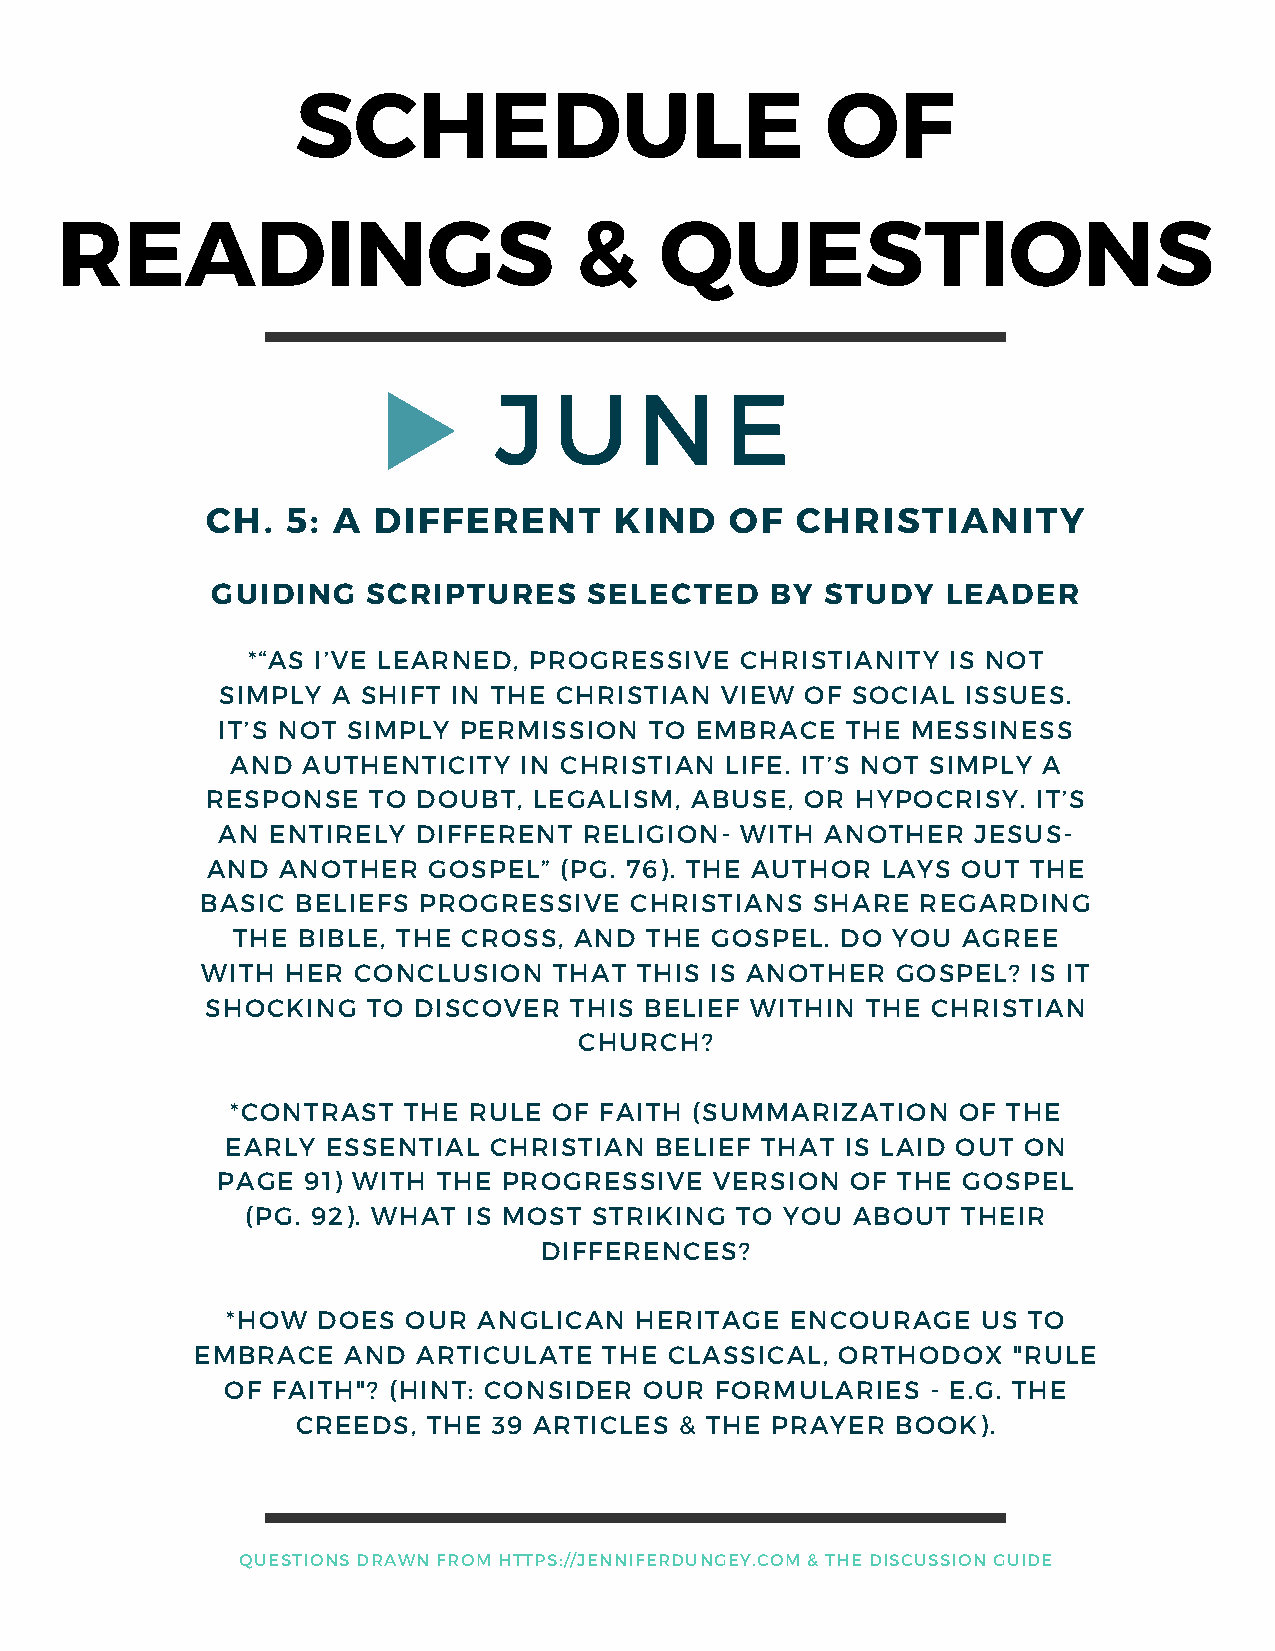
SCHEDULE                           OF
 READINGS                          &     QUESTIONS
 J   U    N     E
 CH.  5: A  DIFFERENT       KIND   OF   CHRISTIANITY
 GUIDING   SCRIPTURES     SELECTED    BY  STUDY   LEADER
 *“AS I’VE LEARNED, PROGRESSIVE   CHRISTIANITY  IS NOT
 SIMPLY A SHIFT IN THE CHRISTIAN  VIEW OF SOCIAL  ISSUES.
 IT’S NOT SIMPLY PERMISSION   TO EMBRACE   THE MESSINESS
 AND  AUTHENTICITY  IN CHRISTIAN  LIFE. IT’S NOT SIMPLY A
 RESPONSE  TO  DOUBT, LEGALISM,  ABUSE, OR  HYPOCRISY.  IT’S
 AN  ENTIRELY  DIFFERENT  RELIGION- WITH  ANOTHER  JESUS-
 AND ANOTHER   GOSPEL”  (PG. 76). THE AUTHOR LAYS  OUT THE
 BASIC  BELIEFS PROGRESSIVE   CHRISTIANS  SHARE  REGARDING
 THE  BIBLE, THE CROSS, AND  THE GOSPEL.  DO YOU  AGREE
 WITH  HER CONCLUSION    THAT THIS IS ANOTHER  GOSPEL?  IS IT
 SHOCKING  TO DISCOVER   THIS BELIEF WITHIN THE  CHRISTIAN
 CHURCH?
 *CONTRAST   THE RULE  OF FAITH (SUMMARIZATION   OF  THE
 EARLY  ESSENTIAL CHRISTIAN  BELIEF THAT  IS LAID OUT ON
 PAGE  91) WITH THE PROGRESSIVE   VERSION  OF THE  GOSPEL
 (PG. 92). WHAT IS MOST STRIKING  TO YOU ABOUT   THEIR
 DIFFERENCES?
 *HOW  DOES  OUR  ANGLICAN  HERITAGE  ENCOURAGE    US TO
 EMBRACE   AND  ARTICULATE  THE CLASSICAL,  ORTHODOX   "RULE
 OF FAITH"? (HINT: CONSIDER  OUR FORMULARIES    - E.G. THE
 CREEDS, THE  39 ARTICLES & THE PRAYER  BOOK).
 QUESTIONS DRAWN FROM HTTPS://JENNIFERDUNGEY.COM & THE DISCUSSION GUIDE